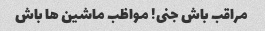
مراقب باش جنی! مواظب ماشین ها باش